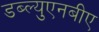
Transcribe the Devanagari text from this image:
डब्ल्युएनबीए